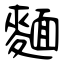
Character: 麵